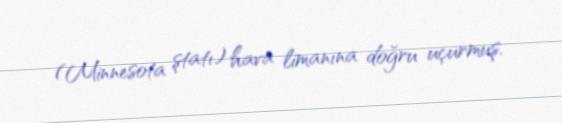
(Minnesota ştatı) hava limanına doğru uçurmuş.